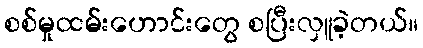
စစ်မှုထမ်းဟောင်းတွေ စပြီးလှူခဲ့တယ်။